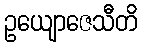
ဥယျောဇေသီတိ